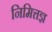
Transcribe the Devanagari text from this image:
निमित्तज्ञ